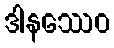
ဒါနဿေဝ